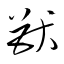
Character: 猷